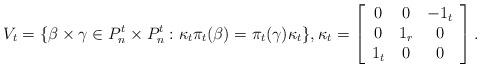
LaTeX: \begin{align*}V_t=\{\beta\times\gamma\in P_{n}^t\times P_{n}^t:\kappa_t\pi_t(\beta)=\pi_t(\gamma)\kappa_t\},\kappa_t=\left[\begin{array}{ccc}0 & 0 & -1_t\\0 & 1_r & 0\\1_t & 0 & 0\end{array}\right].\end{align*}